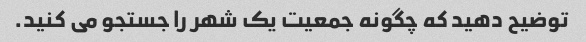
توضیح دهید که چگونه جمعیت یک شهر را جستجو می کنید.